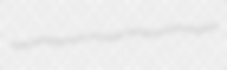
dioeciopolygamous undouble interisland entomologized